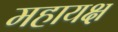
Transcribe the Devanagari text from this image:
महायक्ष